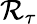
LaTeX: \mathcal{R}_{\tau}